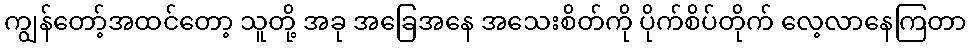
ကျွန်တော့်အထင်တော့ သူတို့ အခု အခြေအနေ အသေးစိတ်ကို ပိုက်စိပ်တိုက် လေ့လာနေကြတာ